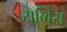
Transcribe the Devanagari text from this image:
सव्विस